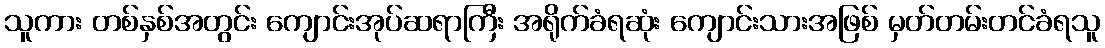
သူကား တစ်နှစ်အတွင်း ကျောင်းအုပ်ဆရာကြီး အရိုက်ခံရဆုံး ကျောင်းသားအဖြစ် မှတ်တမ်းတင်ခံရသူ